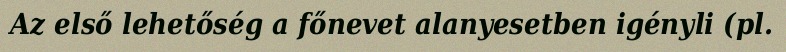
Az első lehetőség a főnevet alanyesetben igényli (pl.